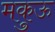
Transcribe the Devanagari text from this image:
मकुऊ